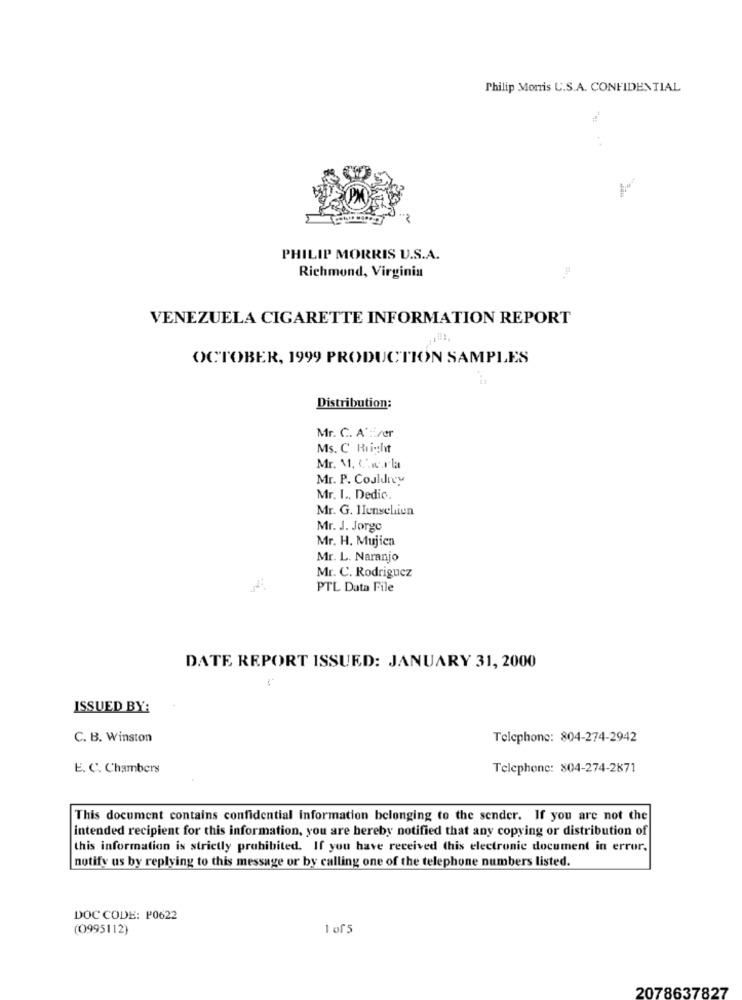
Philip Morris U.S.A. CONFIDENTIAL
PHILIP MORRIS U.S.A.
Richmond, Virginia
VENEZUELA CIGARETTE INFORMATION REPORT
OCTOBER, 1999 PRODUCTION SAMPLES
Distribution:
Mr. C. A'tirer
Ms. C Richt
Mr. M. C.w.rla
Mr. P. Couldrey
Mr. I ., Dedic.
Mr. G. HIenselien
Mr. J. Jorge
Mr. H. Mujica
Mr. L. Naranjo
Mr. C. Rodriguez
PTL Data File
DATE REPORT ISSUED: JANUARY 31, 2000
ISSUED BY:
C. B. Winston
Telephone: 804-274-2942
E. C. Chambers
Telephone: 804-274-2871
This document contains confidential information belonging to the sender. If you are not the
intended recipient for this information, you are hereby notified that any copying or distribution of
this information is strictly prohibited. If you have received this electronic document in error,
notify us by replying to this message or by calling one of the telephone numbers listed.
DOC CODE: P0622
(0995112)
1 of5
2078637827